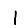
Digit: 1